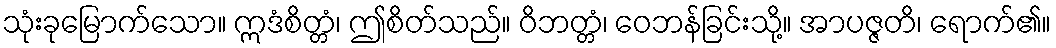
သုံးခုမြောက်သော။ ဣဒံစိတ္တံ၊ ဤစိတ်သည်။ ဝိဘတ္တံ၊ ဝေဘန်ခြင်းသို့။ အာပဇ္ဇတိ၊ ရောက်၏။